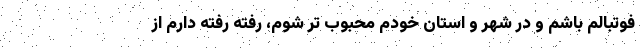
فوتبالم باشم و در شهر و استان خودم محبوب تر شوم، رفته رفته دارم از